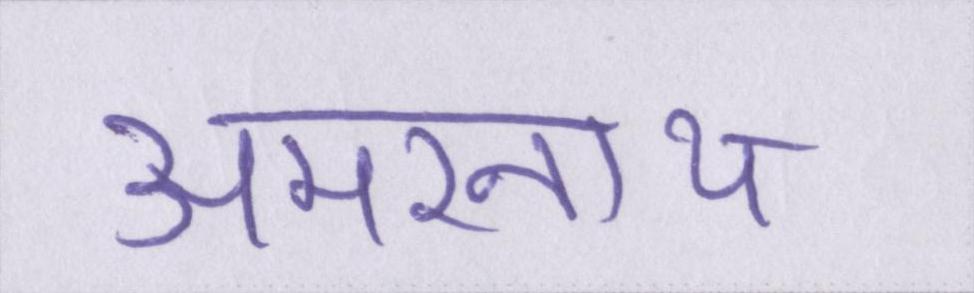
अमरनाथ